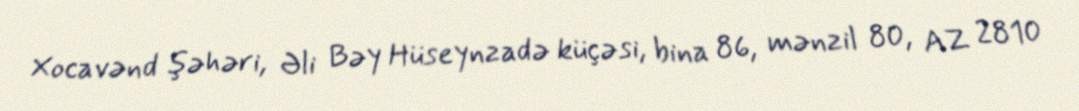
Xocavənd şəhəri, Əli Bəy Hüseynzadə küçəsi, bina 86, mənzil 80, AZ 2810